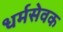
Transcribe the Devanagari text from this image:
धर्मसेवक